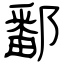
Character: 鄱